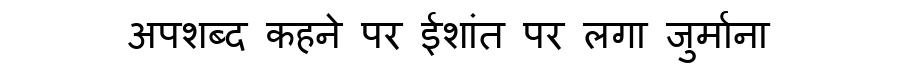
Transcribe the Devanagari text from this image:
अपशब्द कहने पर ईशांत पर लगा जुर्माना